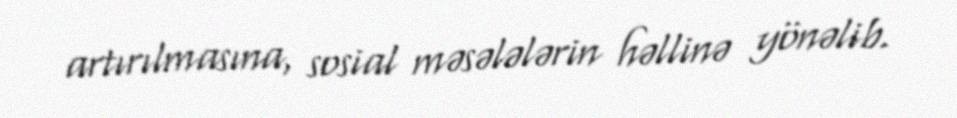
artırılmasına, sosial məsələlərin həllinə yönəlib.